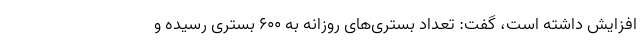
افزایش داشته است، گفت: تعداد بستری‌های روزانه به 600 بستری رسیده و